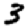
Digit: 3